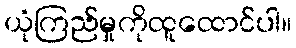
ယုံကြည်မှုကိုထူထောင်ပါ။